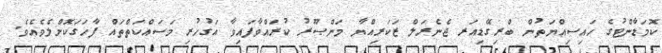
ކޮމަޑާންޓުގެ ހައިސިއްޔަތުން ބްރިގޭޑިއަރ ޖެނެރަލް ޒަކަރިއްޔާ މަންޞޫރު ކުރައްވާފައިވާ އަގުހުރި މަސައްކަތްތައް ފާހަގަކޮށްލެވެއެވެ.